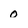
Character: 0